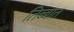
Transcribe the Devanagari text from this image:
तिब्बात